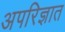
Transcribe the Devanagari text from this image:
अपरिज्ञात